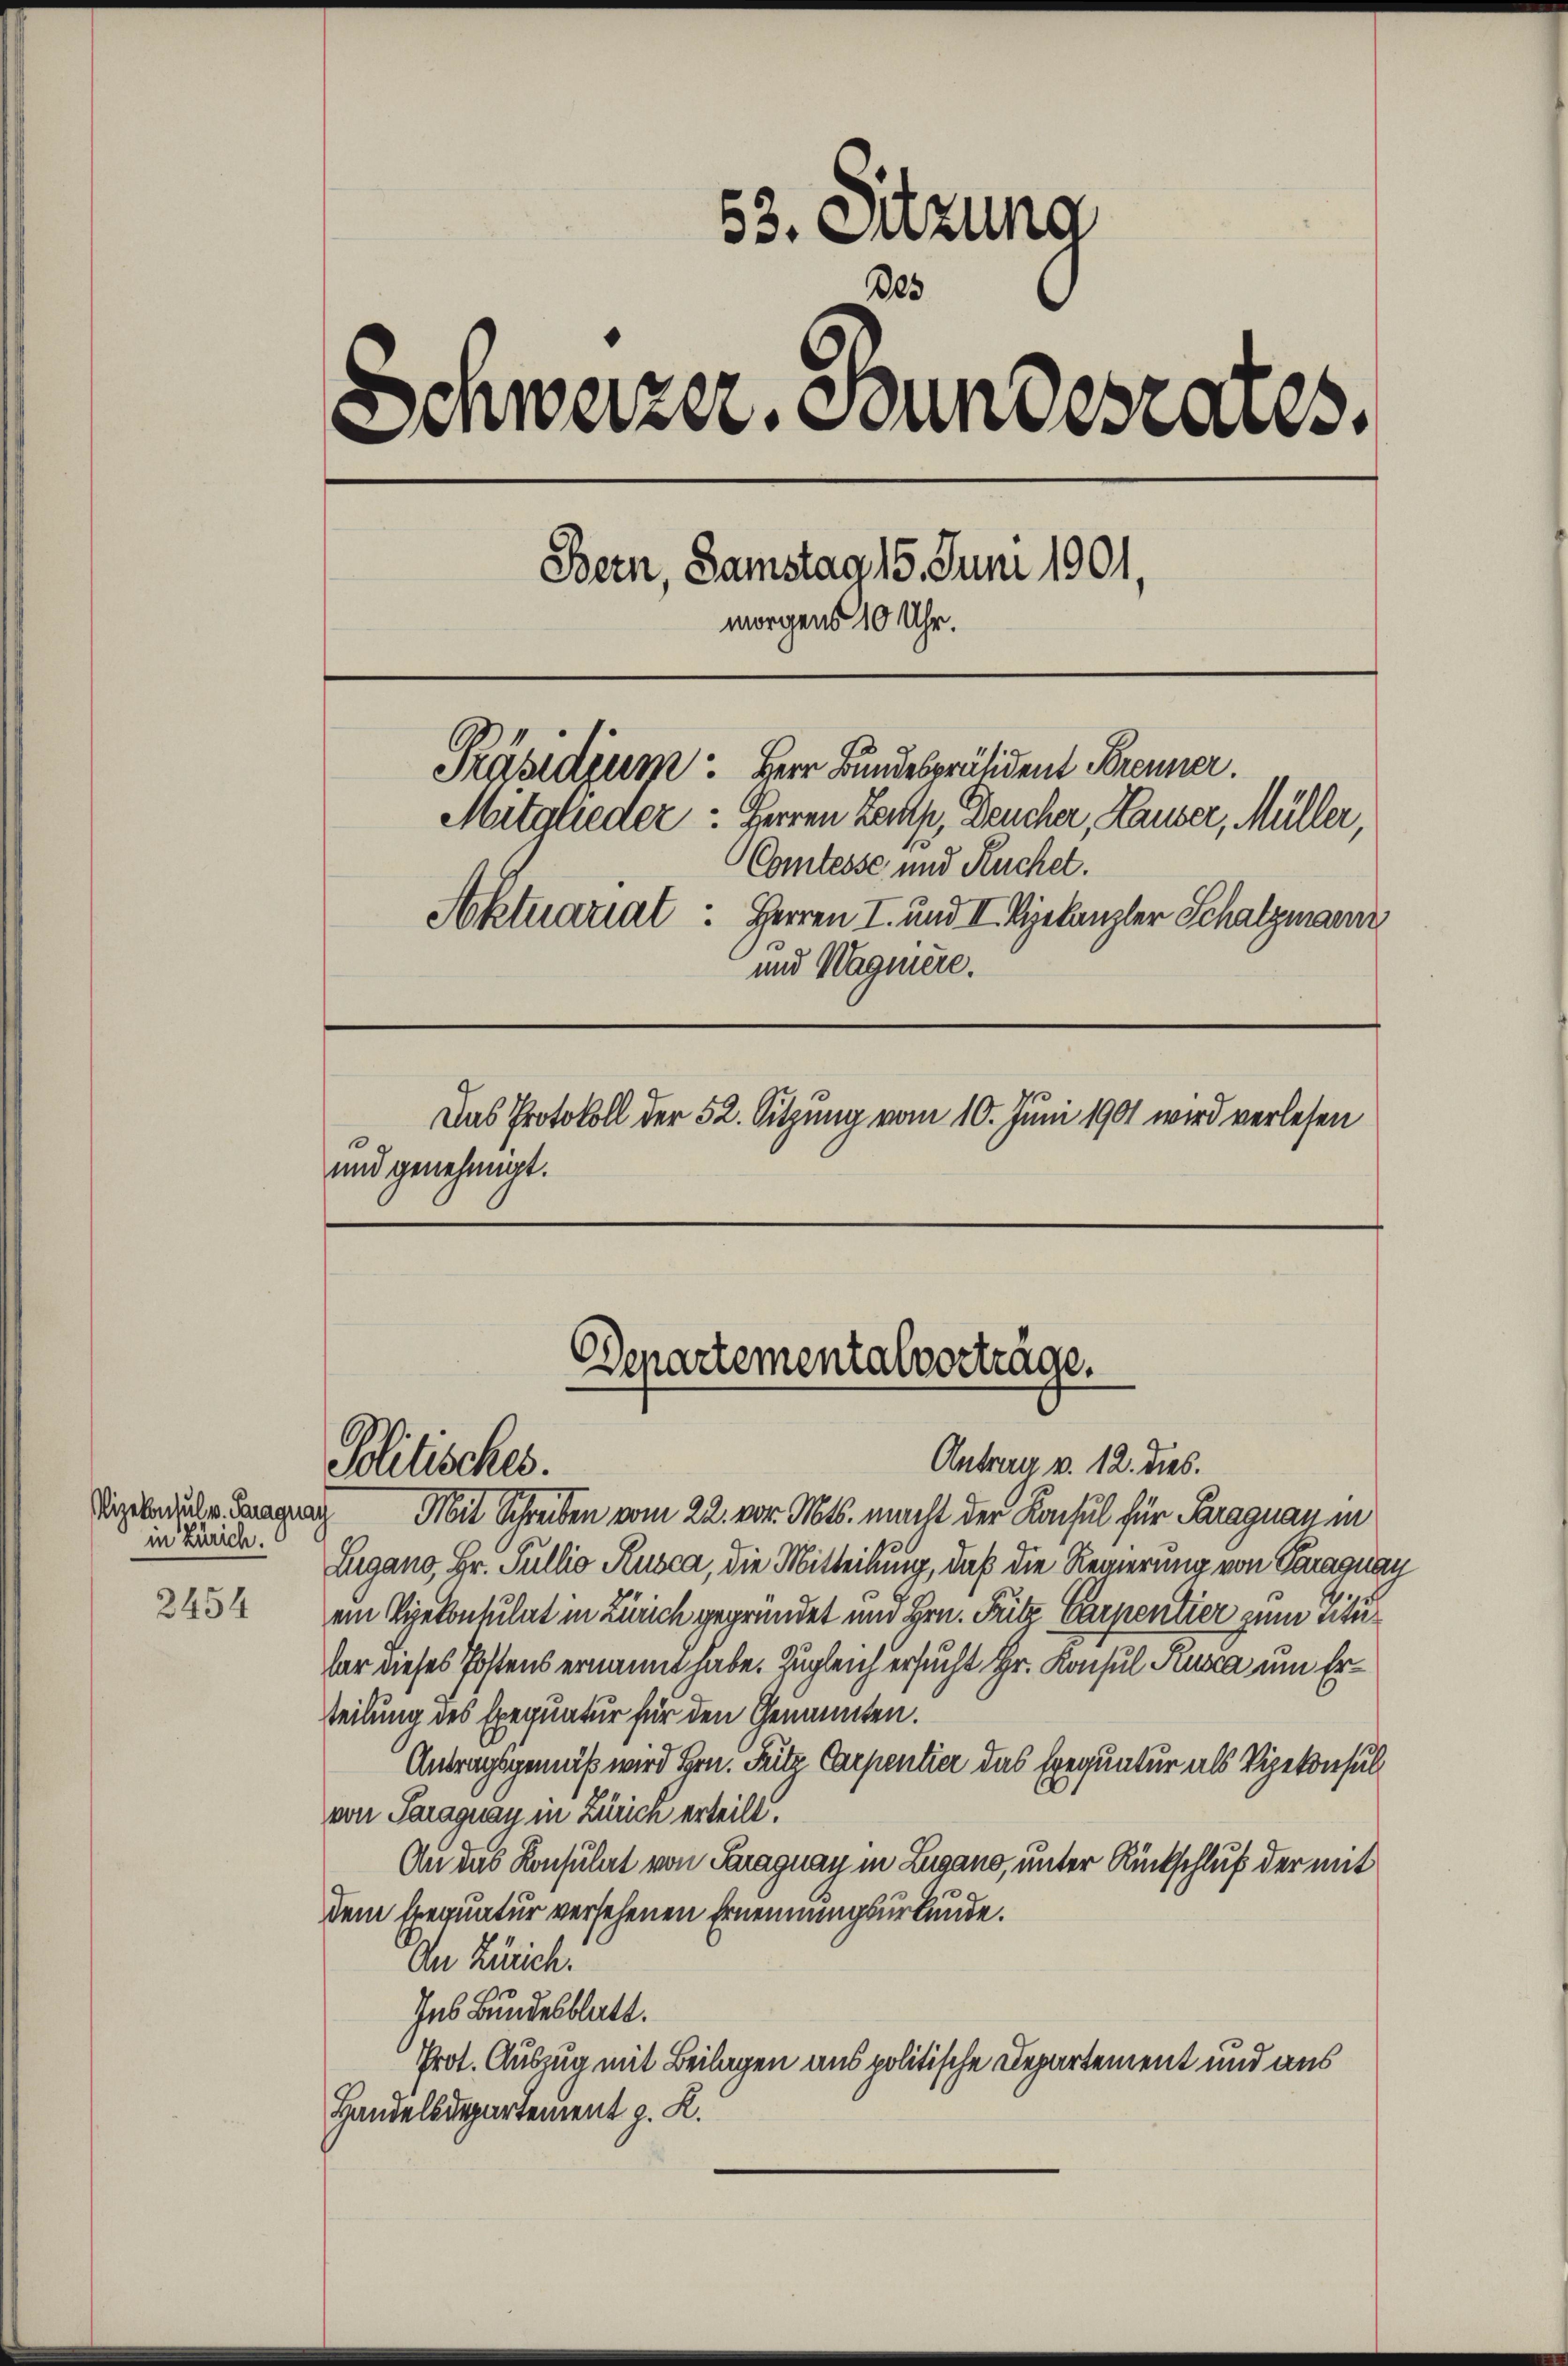
2454

Vizekonsul v. Paragnach
in Zürich.

53. Sitzung
Des
Senweizer, Stundesrates.
Bern, Samstag 15. Juni 1901,
morgens 10 Uhr.
Präsidium: Herr Bundespräsident Brenner.
Mitglieder: Herren Lamp, Deucher, Hauser, Müller,
Comtesse und Kuchet.
Aktuariat: Herren I. und II. Bekanzler Schatzmann
und Wagniere.
Das Protokoll der 52. Sitzung vom 10. Juni 1901 wird verlesen
und genehmigt.

Denartementalvorträge.
Antrag v. 12. dies.
Politisches.

Mit Schreiben vom 22. vor. Mts. macht der Konsul für Paraguan in
Lugano, Hr. Pullio Rusca, die Mitteilung, daß die Regierung von Paraguan
ein Vizekonsulat in Zürich gegründet und Hrn. Fritz Carpentier zum Tituhar dieses Postens ernannt habe. Zugleich ersucht Hr. Konsul Kusa um Erteilung des Exequatur für den Genannten.
Antragsgemäß wird Hrn. Fritz Carpentier das Exequatur als Vizekonsulvon Paraguay in Zürich erteilt.
An das Konsulat von Paraguay in Lugano, unter Rückschluß der mit
dem Aequatur versehenen Ernennungsurkunde.
Ien Zürich!
Ins Bundesblatt.
Prot. Auszug mit Beilagen aus politische Departement und aus
Handelsdepartement z. K.